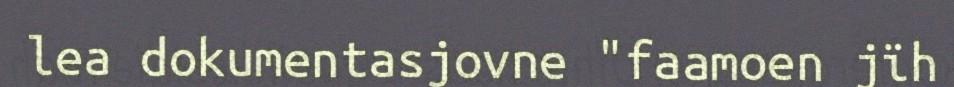
lea dokumentasjovne "faamoen jïh